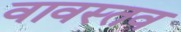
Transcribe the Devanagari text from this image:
वावस्तव